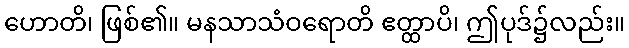
ဟောတိ၊ ဖြစ်၏။ မနသာသံဝရောတိ ဧတ္ထာပိ၊ ဤပုဒ်၌လည်း။